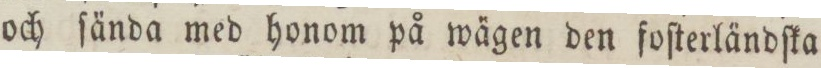
och ſända med honom på wägen den foſterländſka